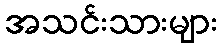
အသင်းသားများ